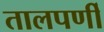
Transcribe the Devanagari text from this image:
तालपर्णी